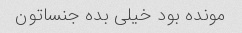
مونده بود خیلی بده جنساتون